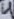
Text: 4